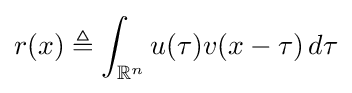
r(x)\triangleq \int _{\mathbb {R} ^{n}}u(\tau )v(x-\tau )\,d\tau